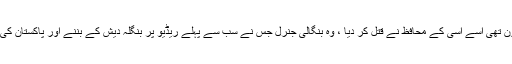
ہندوستان کی جو ملکہ بنی ہوئی تھی اور بنگلہ دیش بنانے میں معاون تھی اسے اسی کے محافظ نے قتل کر دیا ، وہ بنگالی جنرل جس نے سب سے پہلے ریڈیو پر بنگلہ دیش کے بننے اور پاکستان کی شکست کا اعلان کیا تھا اسے اسی کے ماتحتوںنے تہہ تیغ کر دیا ۔